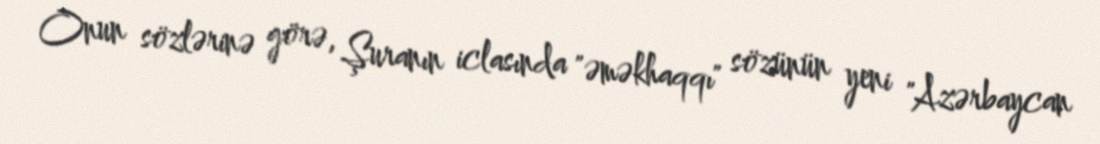
Onun sözlərinə görə, Şuranın iclasında "əməkhaqqı" sözünün yeni "Azərbaycan